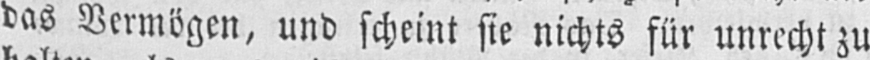
das Vermögen, und scheint sie nichts für unrecht zu